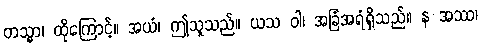
တသ္မာ၊ ထိုကြောင့်။ အယံ၊ ဤသူသည်။ ယသ ဝါ၊ အခြံအရံရှိသည်။ န အဿ၊